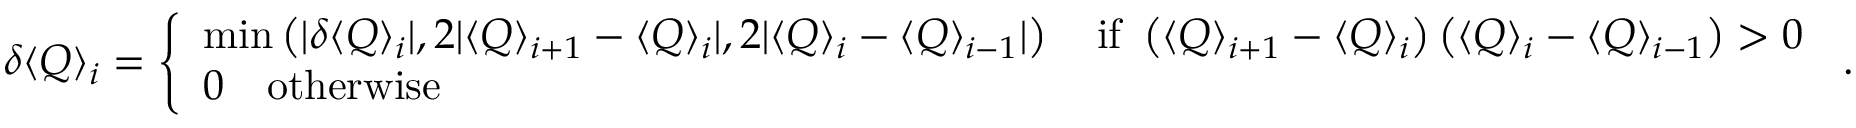
\delta \langle Q \rangle _ { i } = \left\{ \begin{array} { l l } { \mathrm { m i n } \left( | \delta \langle Q \rangle _ { i } | , 2 | \langle Q \rangle _ { i + 1 } - \langle Q \rangle _ { i } | , 2 | \langle Q \rangle _ { i } - \langle Q \rangle _ { i - 1 } | \right) \quad \mathrm { i f ~ } \left( \langle Q \rangle _ { i + 1 } - \langle Q \rangle _ { i } \right) \left( \langle Q \rangle _ { i } - \langle Q \rangle _ { i - 1 } \right) > 0 } \\ { 0 \quad \mathrm { o t h e r w i s e ~ } } \end{array} \right. \, .